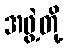
အဖွဲ့တို့